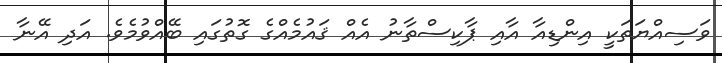
ވަސިއްޔަތަކީ އިންޑިއާ އާއި ޕާކިސްތާނު އެއް ޤައުމެއްގެ ގޮތުގައި ބޭއްވުމެވެ. އަދި އޭނާ